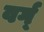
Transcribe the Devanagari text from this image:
वर्ग्